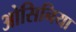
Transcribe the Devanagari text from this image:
ओसिनिया